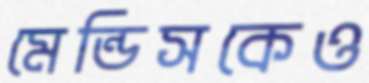
মেন্ডিসকেও